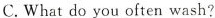
B.What do you do? C.What do you often wash?